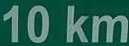
10 km